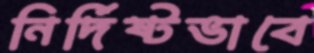
নির্দিষ্টভাবে